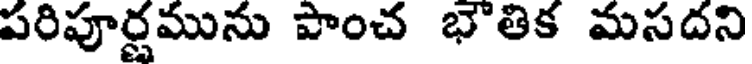
పరిపూర్ణమును పాంచ భౌతిక మసదని